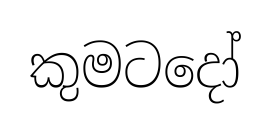
කුමටදෝ